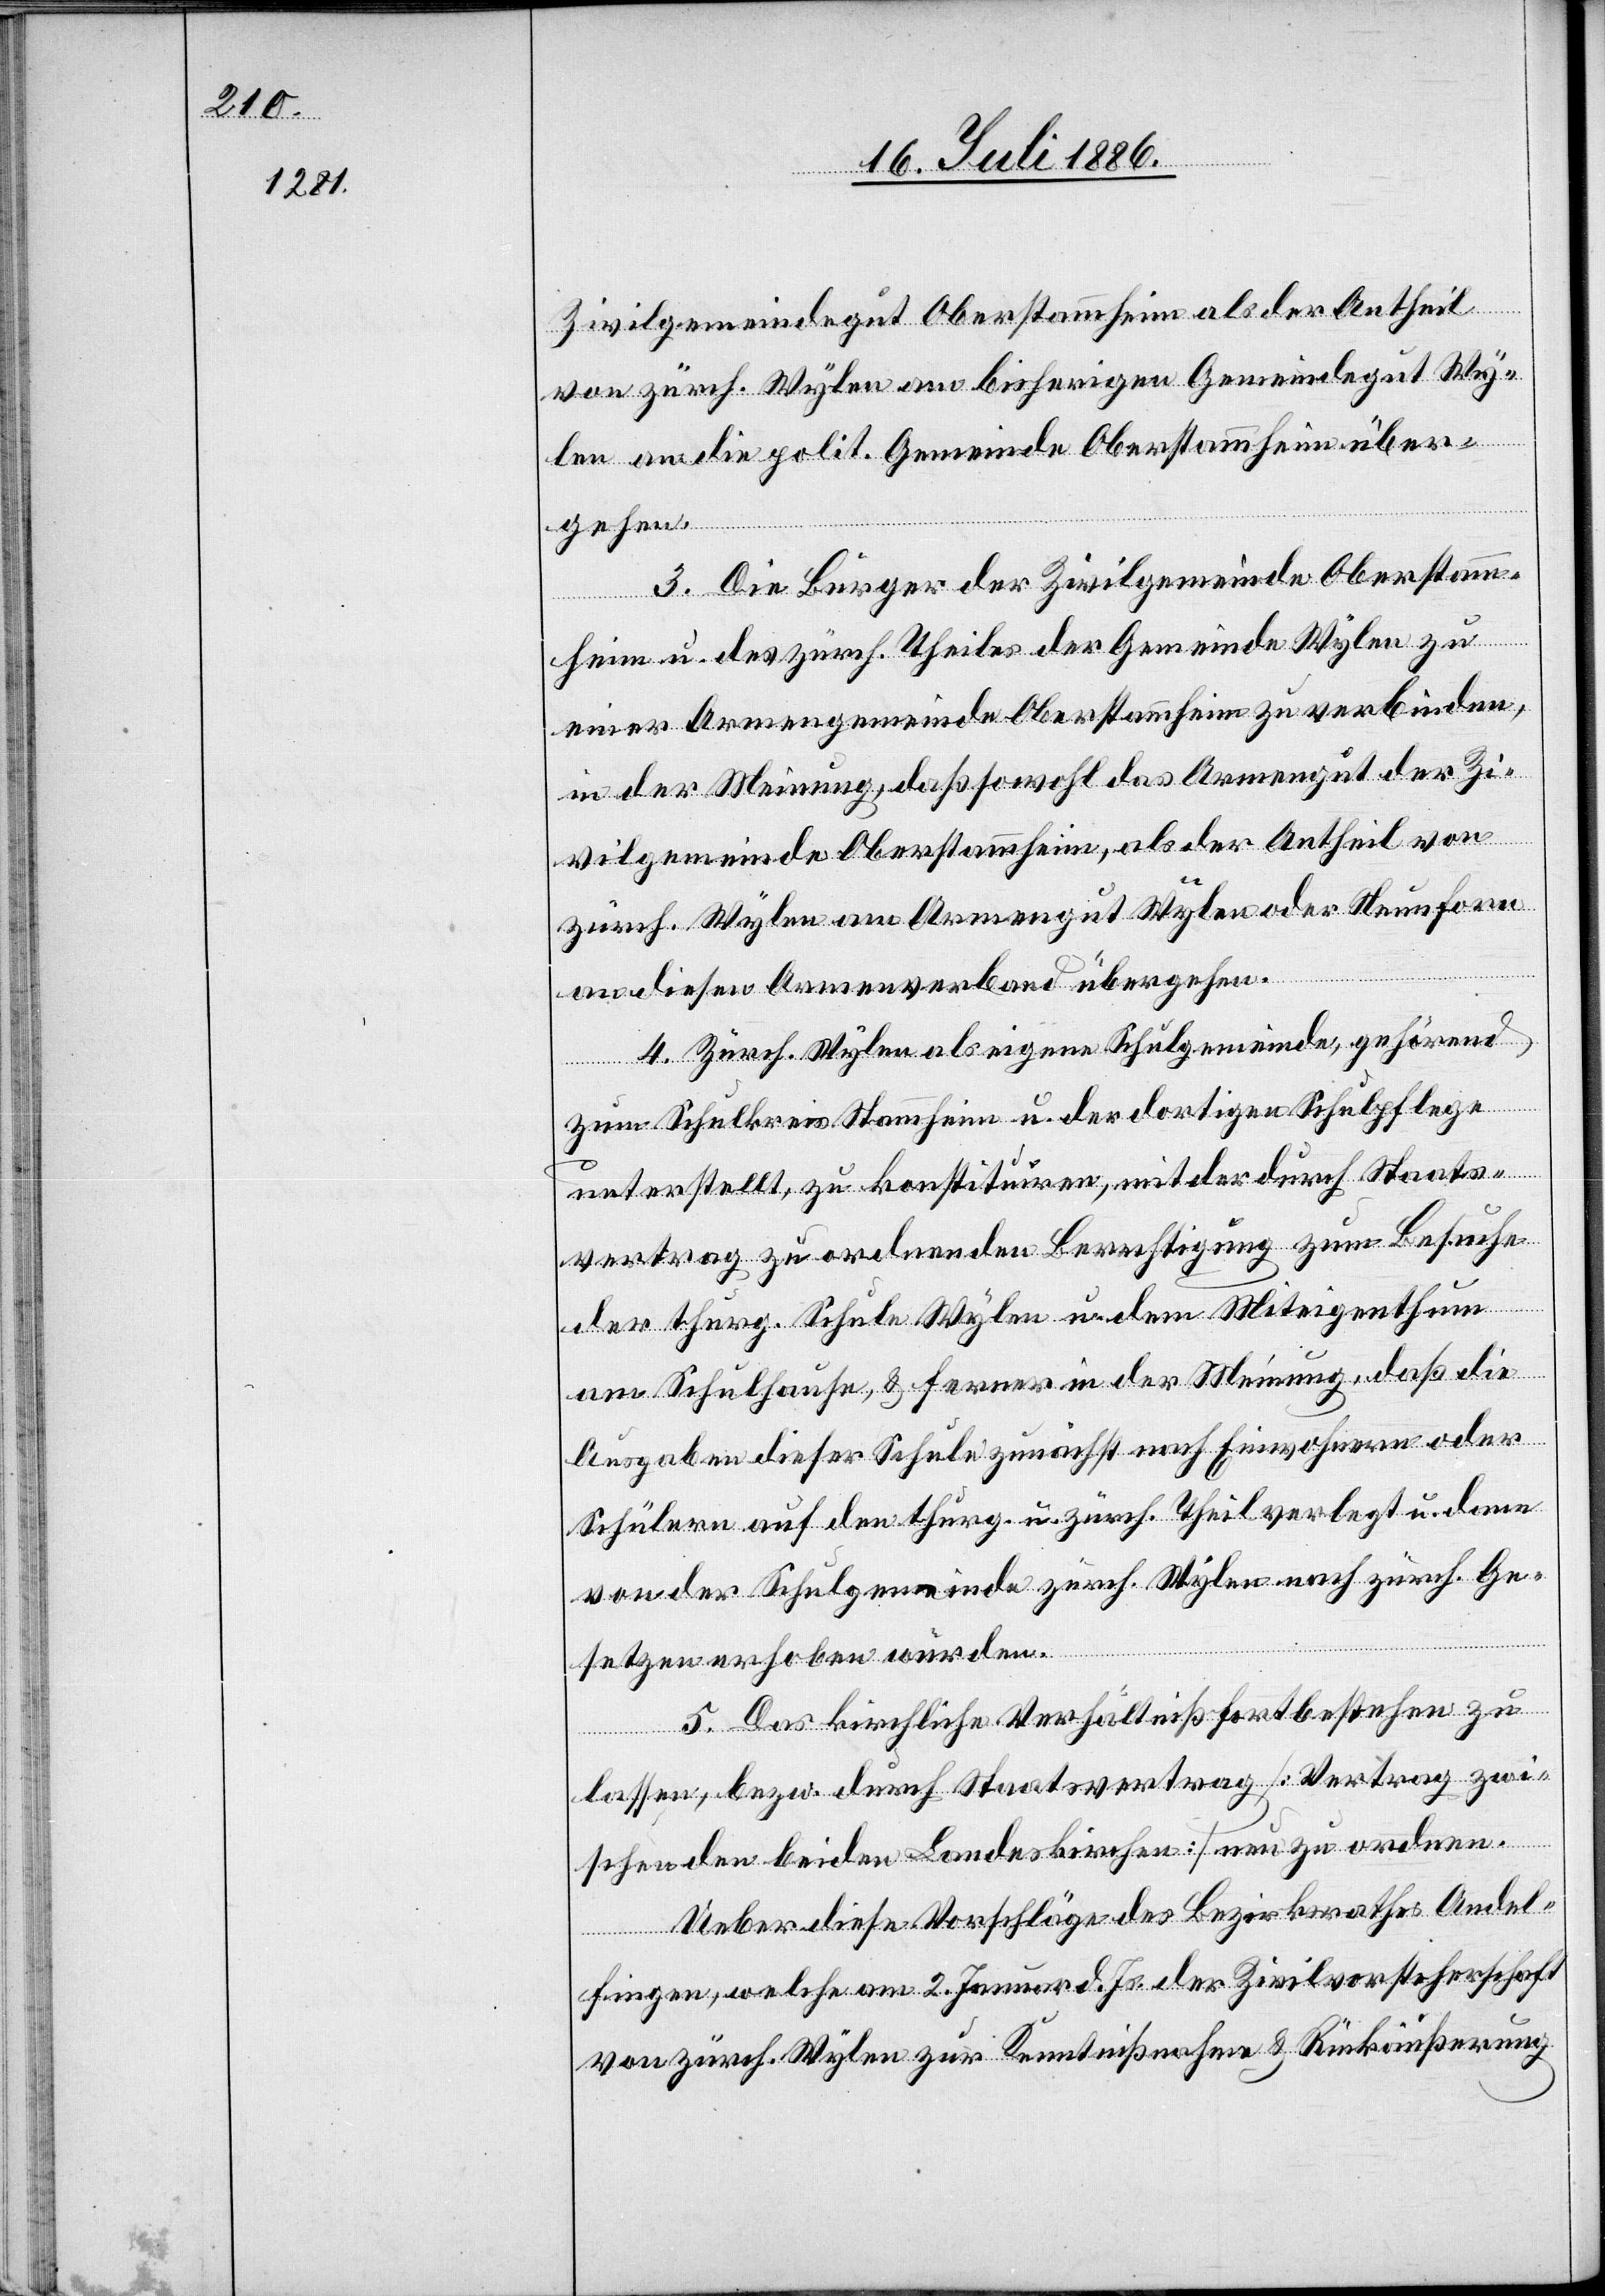
Zivilgemeindegut Oberstammheim als der Antheil
von zürch. Wylen am bisherigen Gemeindegut Wy¬
len an die polit. Gemeinde Oberstammheim über¬
gehen.
3. Die Bürger der Zivilgemeinde Oberstamm¬
heim u. des zürch. Theiles der Gemeinde Wylen zu
einer Armengemeinde Oberstammheim zu verbinden,
in der Meinung, daß sowohl das Armengut der Zi¬
vilgemeinde Oberstammheim, als der Antheil von
zürch. Wylen am Armengut Wylen oder Neunforn
an diesen Armenverband übergehen.
4. Zürch. Wylen als eigene Schulgemeinde, gehörend
zum Schulkreis Stammheim u. der dortigen Schulpflege
unterstellt, zu konstituiren, mit der durch Staats¬
vertrag zu ordnenden Berechtigung zum Besuche
der thurg. Schule Wylen u. dem Miteigenthum
am Schulhause, & ferner in der Meinung, daß die
Ausgaben dieser Schule zunächst nach Einwohnern oder
Schülern auf den thurg. u. zürch. Theil verlegt u. dann
von der Schulgemeinde zürch. Wylen nach zürch. Ge¬
setzen erhoben würden.
5. Das kirchliche Verhältniß fortbestehen zu
lassen, bezw. durch Staatsvertrag [Vertrag zwi¬
schen den beiden Landeskirchen] neu zu ordnen.
Ueber diese Vorschläge des Bezirksrathes Andel¬
fingen, welche am 2. Januar d. Js. der Zivilvorsteherschaft
von zürch. Wylen zur Kenntnißnahme & Rückäußerung